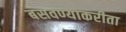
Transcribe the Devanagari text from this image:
बसवण्याकरीता